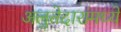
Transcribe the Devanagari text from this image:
अलुतेदारांमध्ये